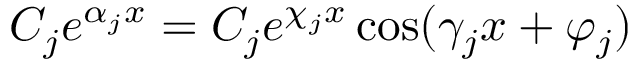
C _ { j } e ^ { \alpha _ { j } x } = C _ { j } e ^ { \chi _ { j } x } \cos ( \gamma _ { j } x + \varphi _ { j } ) \,